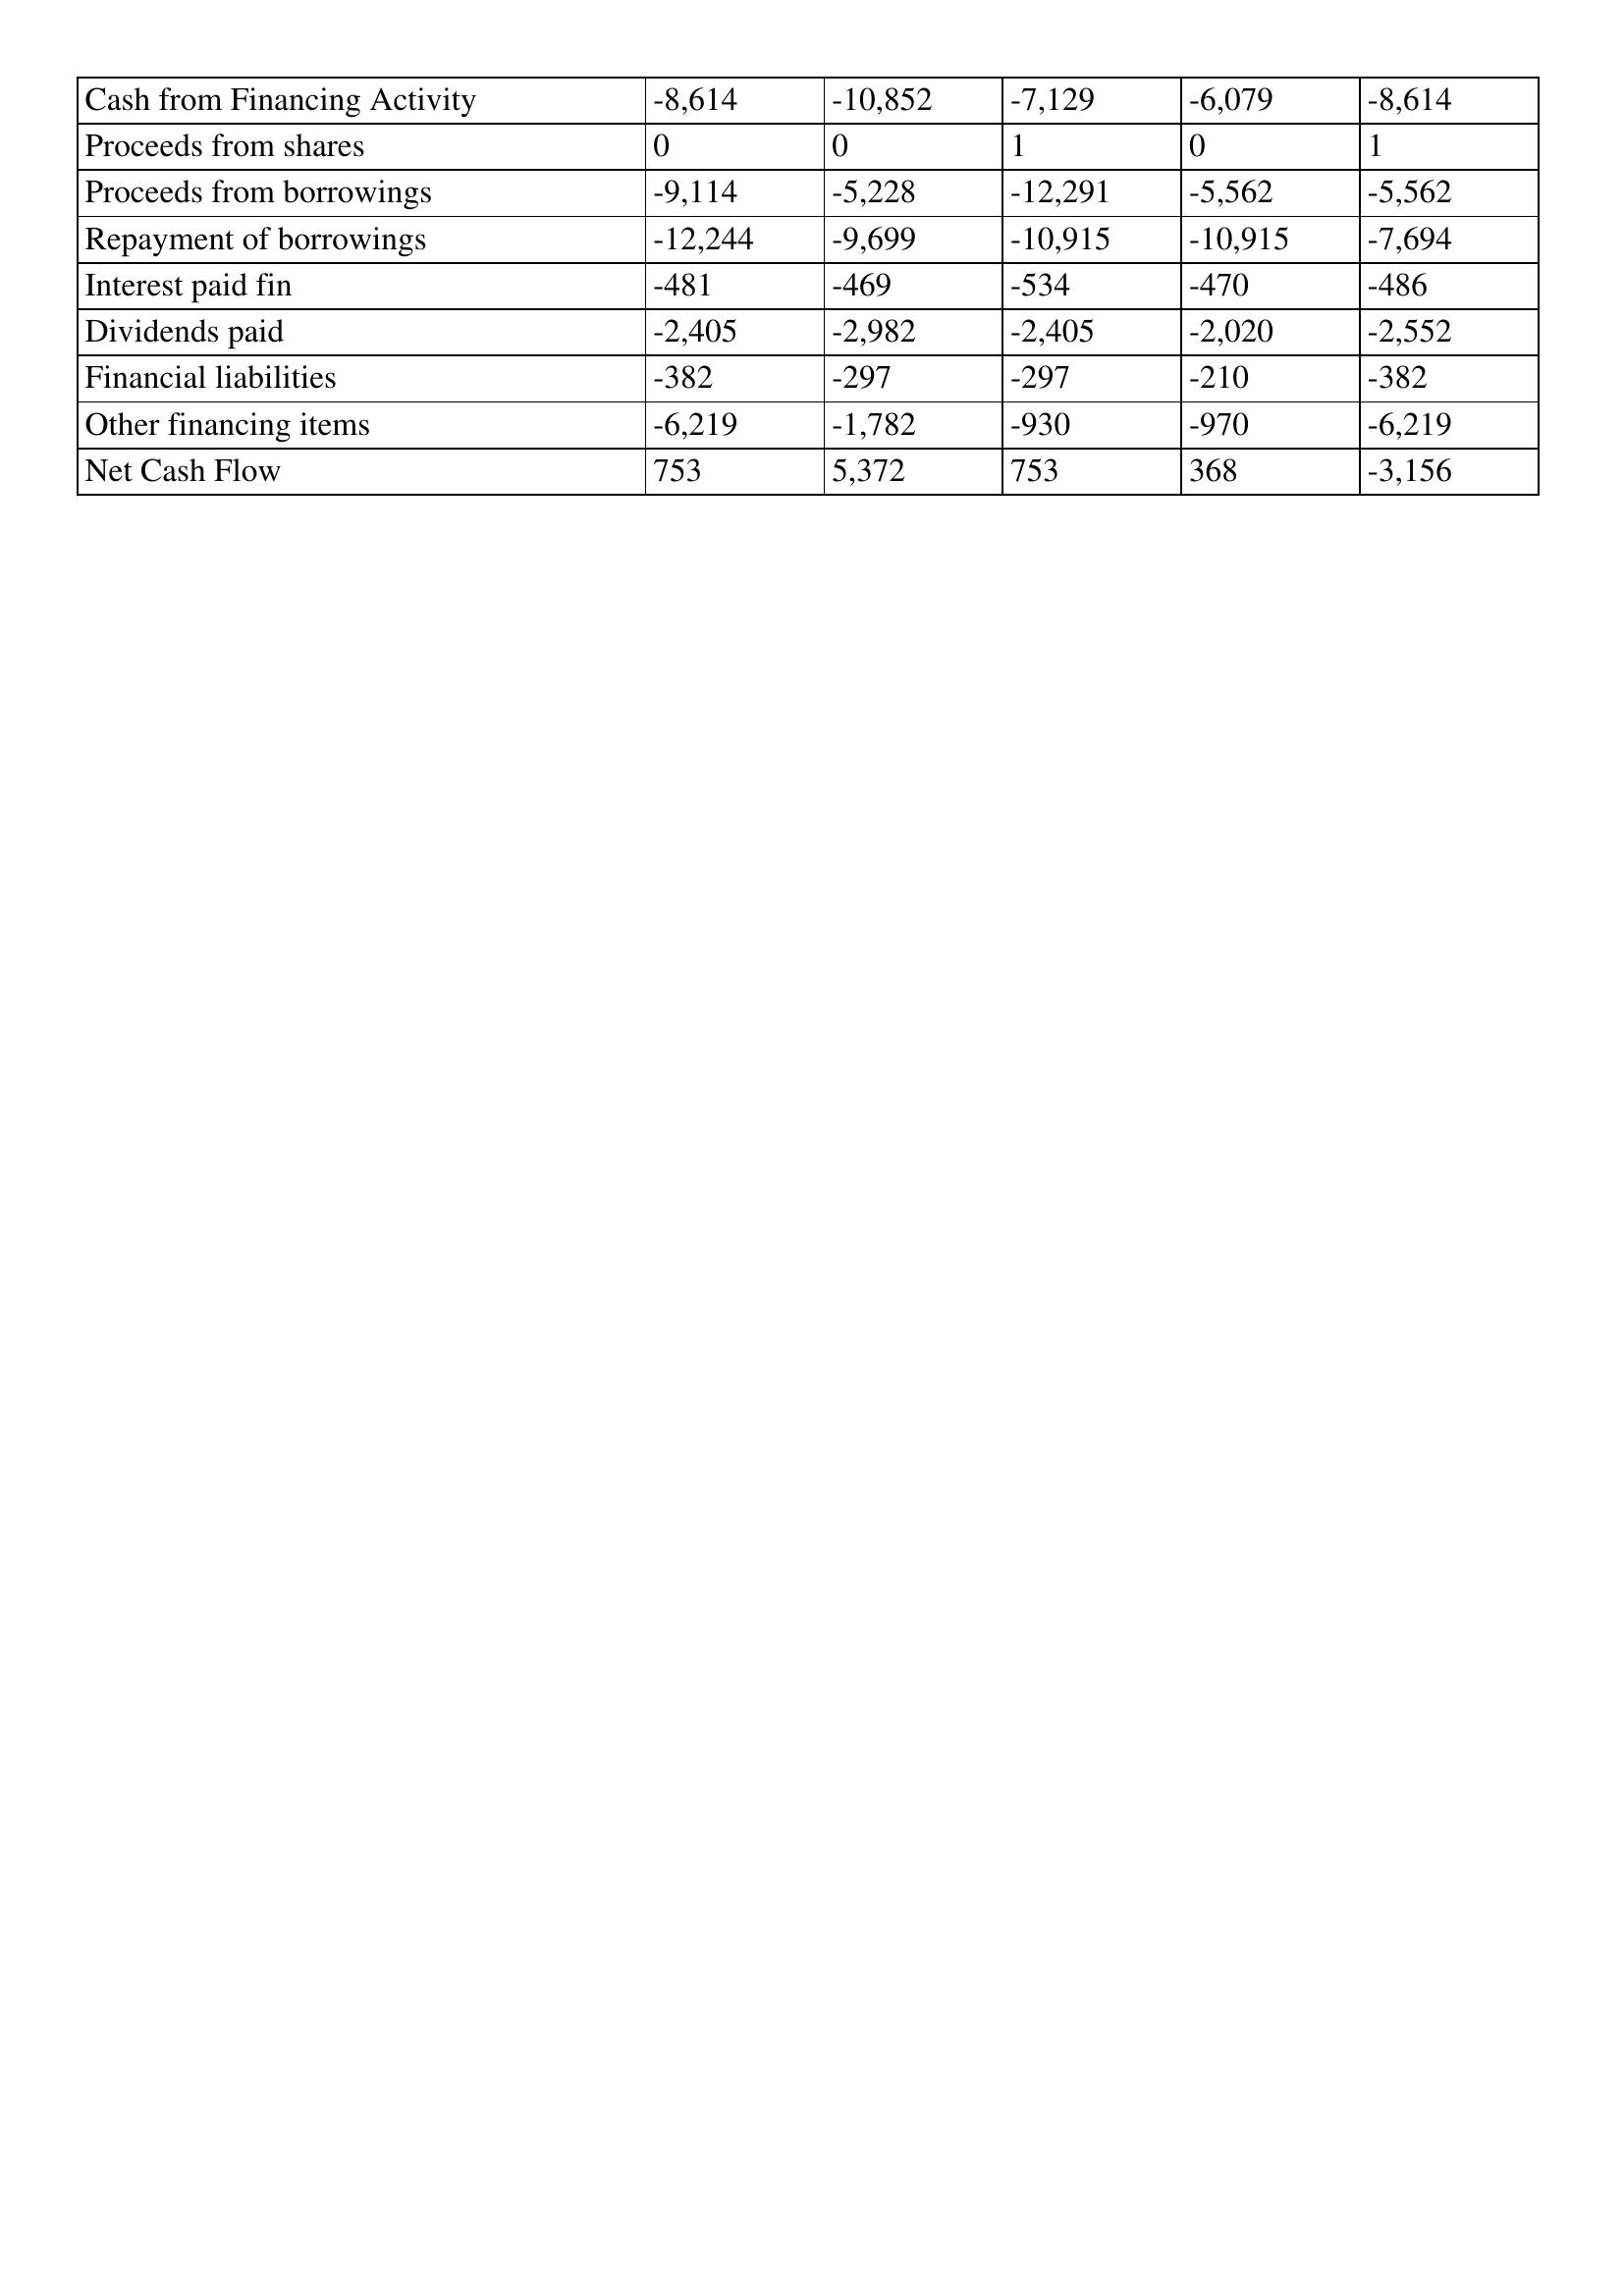
gt_parse: Apr-11: Cash Flows: Cash from Financing Activity: -8,614
Proceeds from shares: 0
Proceeds from borrowings: -9,114
Repayment of borrowings: -12,244
Interest paid fin: -481
Dividends paid: -2,405
Financial liabilities: -382
Other financing items: -6,219
Net Cash Flow: 753
Apr-10: Cash Flows: Cash from Financing Activity: -10,852
Proceeds from shares: 0
Proceeds from borrowings: -5,228
Repayment of borrowings: -9,699
Interest paid fin: -469
Dividends paid: -2,982
Financial liabilities: -297
Other financing items: -1,782
Net Cash Flow: 5,372
Apr-09: Cash Flows: Cash from Financing Activity: -7,129
Proceeds from shares: 1
Proceeds from borrowings: -12,291
Repayment of borrowings: -10,915
Interest paid fin: -534
Dividends paid: -2,405
Financial liabilities: -297
Other financing items: -930
Net Cash Flow: 753
Apr-08: Cash Flows: Cash from Financing Activity: -6,079
Proceeds from shares: 0
Proceeds from borrowings: -5,562
Repayment of borrowings: -10,915
Interest paid fin: -470
Dividends paid: -2,020
Financial liabilities: -210
Other financing items: -970
Net Cash Flow: 368
Apr-07: Cash Flows: Cash from Financing Activity: -8,614
Proceeds from shares: 1
Proceeds from borrowings: -5,562
Repayment of borrowings: -7,694
Interest paid fin: -486
Dividends paid: -2,552
Financial liabilities: -382
Other financing items: -6,219
Net Cash Flow: -3,156